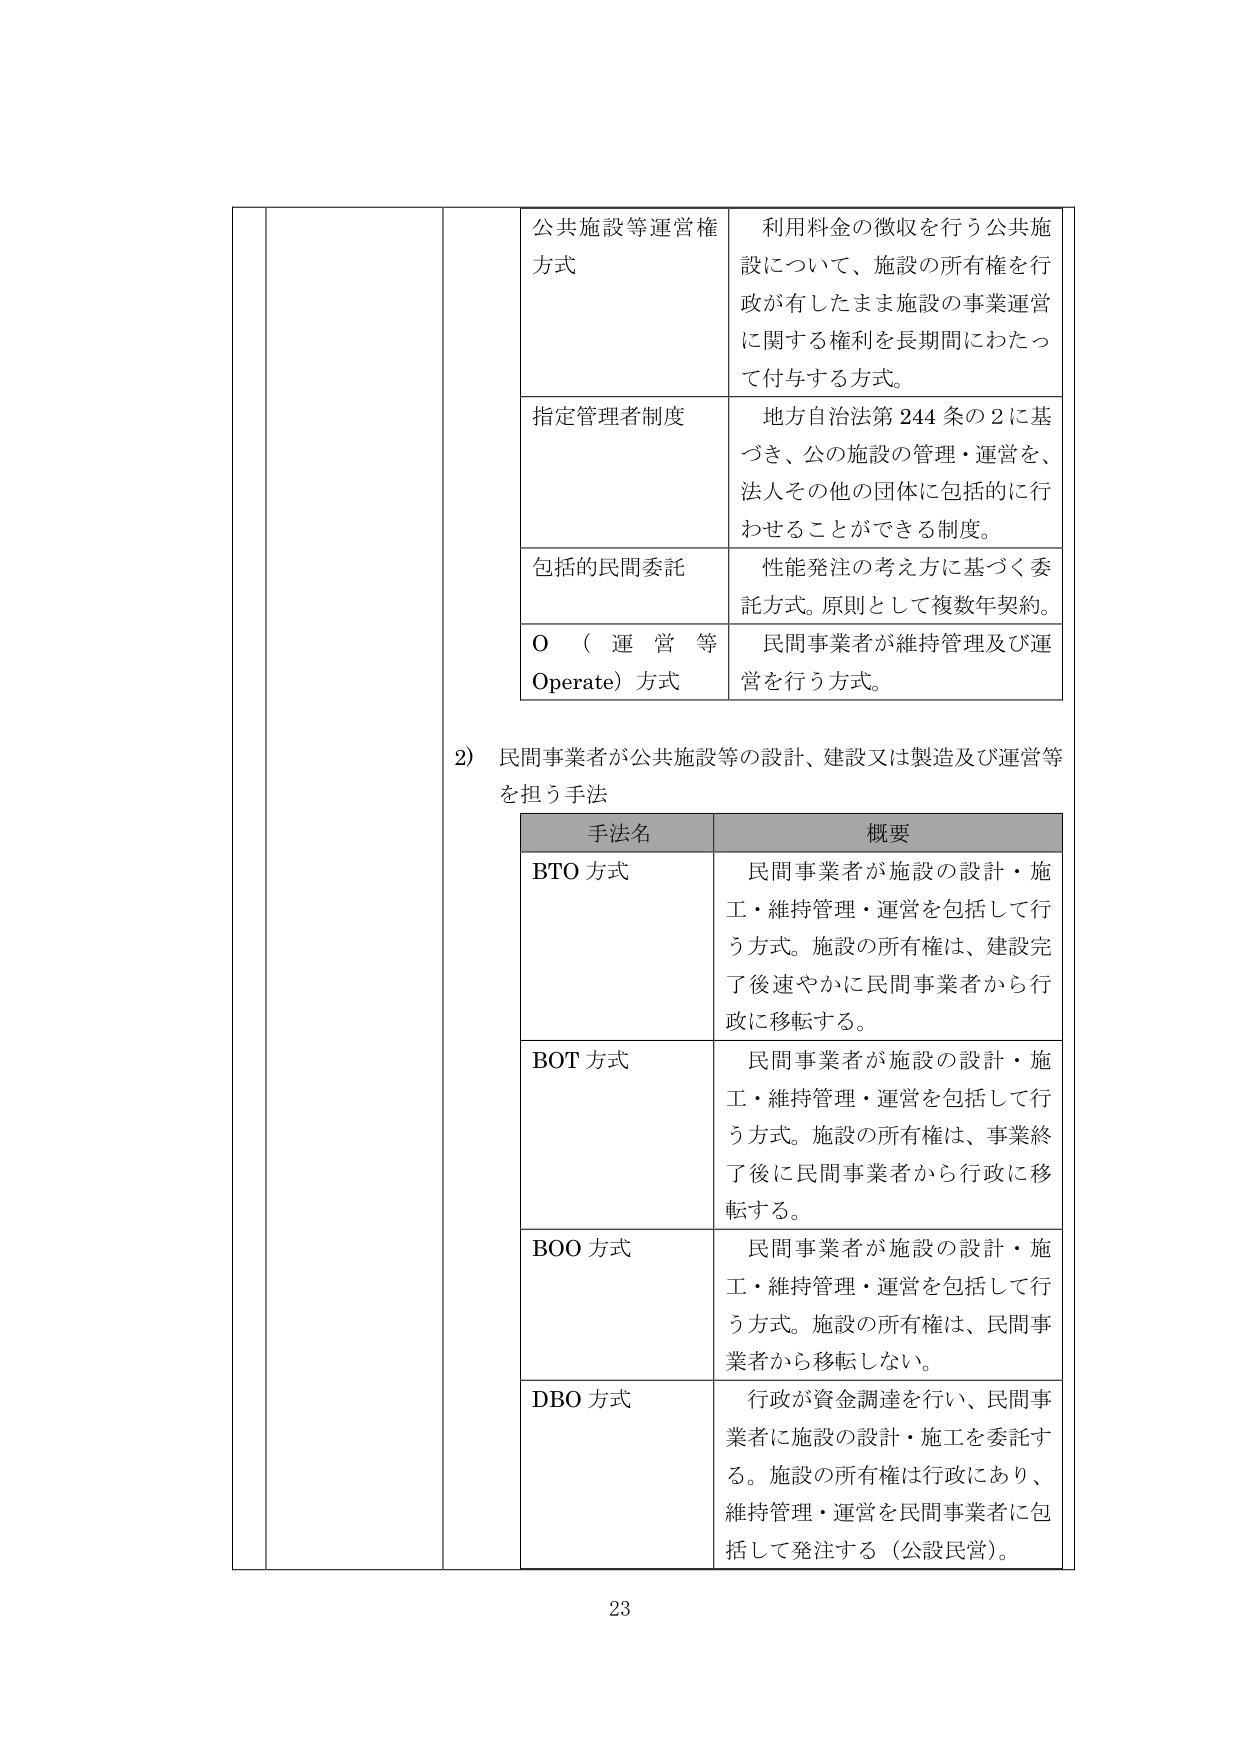
公共施設等運営権方式
利用料金の徴収を行う公共施設について、施設の所有権を行政が有したまま施設の事業運営に関する権利を長期間にわたって付与する方式。

指定管理者制度
地方自治法第244条の2に基づき、公の施設の管理・運営を、法人その他の団体に包括的に行わせることができる制度。

包括的民間委託
性能発注の考え方に基づく委託方式。原則として複数年契約。

O（運営等Operate）方式
民間事業者が維持管理及び運営を行う方式。

2）民間事業者が公共施設等の設計、建設又は製造及び運営等を担う手法

手法名　　　　　　　概要
BTO方式　　　　　　民間事業者が施設の設計・施工・維持管理・運営を包括して行う方式。施設の所有権は、建設完了後速やかに民間事業者から行政に移転する。
BOT方式　　　　　　民間事業者が施設の設計・施工・維持管理・運営を包括して行う方式。施設の所有権は、事業終了後に民間事業者から行政に移転する。
BOO方式　　　　　　民間事業者が施設の設計・施工・維持管理・運営を包括して行う方式。施設の所有権は、民間事業者から移転しない。
DBO方式　　　　　　行政が資金調達を行い、民間事業者に施設の設計・施工を委託する。施設の所有権は行政にあり、維持管理・運営を民間事業者に包括して発注する（公設民営）。

23